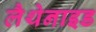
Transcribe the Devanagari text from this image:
लैथेनाइड